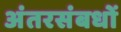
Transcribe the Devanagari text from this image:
अंतरसंबधों